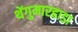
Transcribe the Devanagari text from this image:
थेंगुमारहाडा